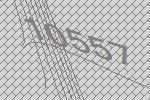
10557